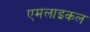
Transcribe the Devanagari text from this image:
एमलाइकल